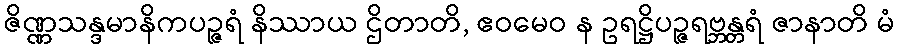
ဇိဏ္ဏသန္ဒမာနိကပဉ္ဇရံ နိဿာယ ဌိတာတိ, ဧဝမေဝ န ဥရဋ္ဌိပဉ္ဇရဗ္ဘန္တရံ ဇာနာတိ မံ